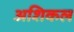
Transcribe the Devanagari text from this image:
अशिकल